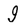
Character: 9